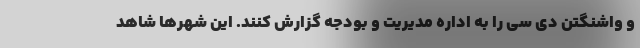
و واشنگتن دی سی را به اداره مدیریت و بودجه گزارش کنند. این شهرها شاهد